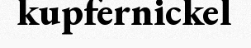
kupfernickel